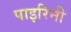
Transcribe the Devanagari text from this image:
पाइरिनी